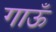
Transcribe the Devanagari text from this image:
गाऊँ